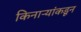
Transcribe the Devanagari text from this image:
किनाऱ्यांकडून